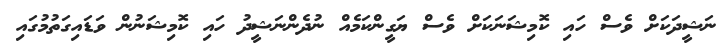
ނަޝީދަކަށް ވެސް ހައި ކޮމިޝަނަކަށް ވެސް ޔަގީންކަމެއް ނުދެންނަޝީދު ހައި ކޮމިޝަނުން ވަޑައިގަތުމުގައި